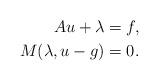
LaTeX: \begin{align*}Au + \lambda &= f, \\M(\lambda, u - g) &= 0.\end{align*}